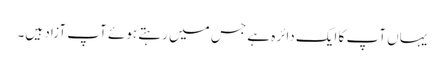
یہاں آپ کا ایک دائرہ ہے جس میں رہتے ہوئے آپ آزاد ہیں۔